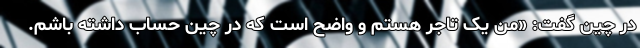
در چین گفت: «من یک تاجر هستم و واضح است که در چین حساب داشته باشم.